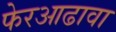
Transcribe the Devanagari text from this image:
फेरआढावा